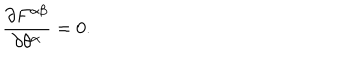
LaTeX: { \frac { \partial F ^ { \alpha \beta } } { \partial \theta ^ { \alpha } } } = 0 .